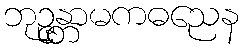
ဘုဉ္ဇန္တာမကဓညေန